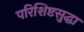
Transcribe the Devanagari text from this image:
परिशिष्टसुद्धा